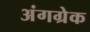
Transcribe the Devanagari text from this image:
अंगग्रेक